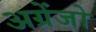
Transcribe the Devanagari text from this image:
अग्रेंजो